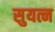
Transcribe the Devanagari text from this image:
सुयत्न